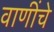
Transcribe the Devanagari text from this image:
वाणींचे